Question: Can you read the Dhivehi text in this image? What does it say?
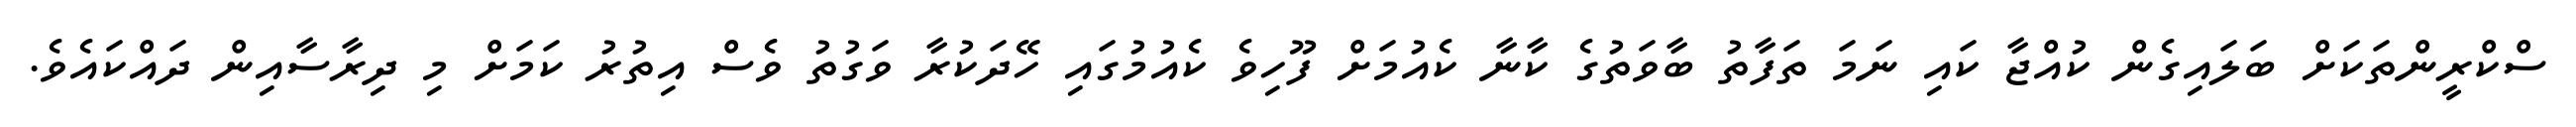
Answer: ސްކްރީންތަކަށް ބަލައިގެން ކުއްޖާ ކައި ނަމަ ތަފާތު ބާވަތުގެ ކާނާ ކެއުމަށް ފޫހިވެ ކެއުމުގައި ހޭދަކުރާ ވަގުތު ވެސް އިތުރު ކަމަށް މި ދިރާސާއިން ދައްކައެވެ.